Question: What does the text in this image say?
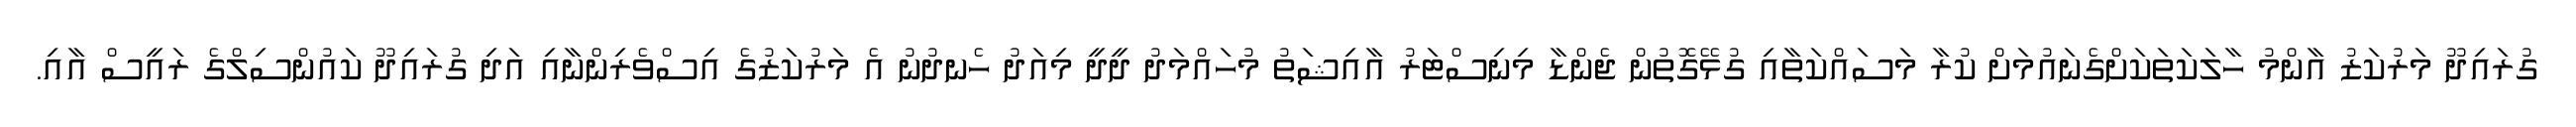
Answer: ގުރައިދޫ މަރުކަޒު އާންމު ހާލަކަތަކަށްގެނައުމަށް ކުރާ މަސައްކަތާއި ގުޅޭގޮތުން ޖެންޑާ މިނިސްޓަރު އާއިޝަތު މުހައްމަދު ދީދީ މިއަދު ހެނދުނު އެ މަރުކަޒުގެ އިސްވެރިންނާއި އަދި ގުރައިދޫ ކައުންސިލްގެ ރައީސް އާއި.